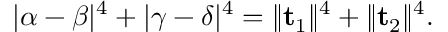
\lvert \alpha - \beta \rvert ^ { 4 } + \lvert \gamma - \delta \rvert ^ { 4 } = \lVert \mathbf { t } _ { 1 } \rVert ^ { 4 } + \lVert \mathbf { t } _ { 2 } \rVert ^ { 4 } .